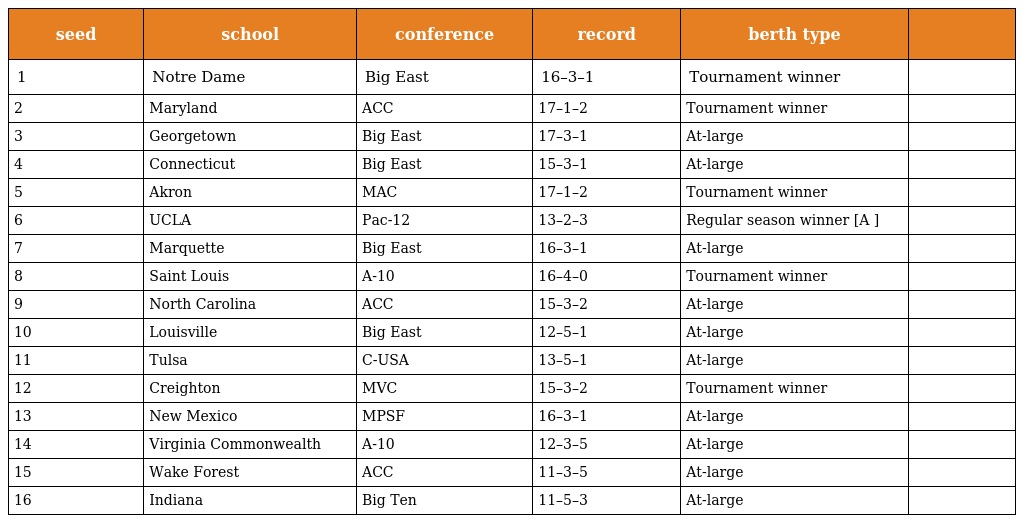
| seed | school | conference | record | berth type |  |
 | --- | --- | --- | --- | --- | --- |
 | 1 | Notre Dame | Big East | 16–3–1 | Tournament winner |  |
 | 2 | Maryland | ACC | 17–1–2 | Tournament winner |  |
 | 3 | Georgetown | Big East | 17–3–1 | At-large |  |
 | 4 | Connecticut | Big East | 15–3–1 | At-large |  |
 | 5 | Akron | MAC | 17–1–2 | Tournament winner |  |
 | 6 | UCLA | Pac-12 | 13–2–3 | Regular season winner [A ] |  |
 | 7 | Marquette | Big East | 16–3–1 | At-large |  |
 | 8 | Saint Louis | A-10 | 16–4–0 | Tournament winner |  |
 | 9 | North Carolina | ACC | 15–3–2 | At-large |  |
 | 10 | Louisville | Big East | 12–5–1 | At-large |  |
 | 11 | Tulsa | C-USA | 13–5–1 | At-large |  |
 | 12 | Creighton | MVC | 15–3–2 | Tournament winner |  |
 | 13 | New Mexico | MPSF | 16–3–1 | At-large |  |
 | 14 | Virginia Commonwealth | A-10 | 12–3–5 | At-large |  |
 | 15 | Wake Forest | ACC | 11–3–5 | At-large |  |
 | 16 | Indiana | Big Ten | 11–5–3 | At-large |  |